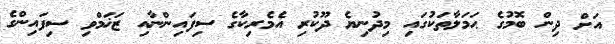
އަށް ދިން ބޮމުގެ ޙަމަލާތަކުގައި މިދުނިޔެ ދޫކުރި އެމެރިކާގެ ސިފައިންނާއި ޒަޚަމްވި ސިފައިންގެ